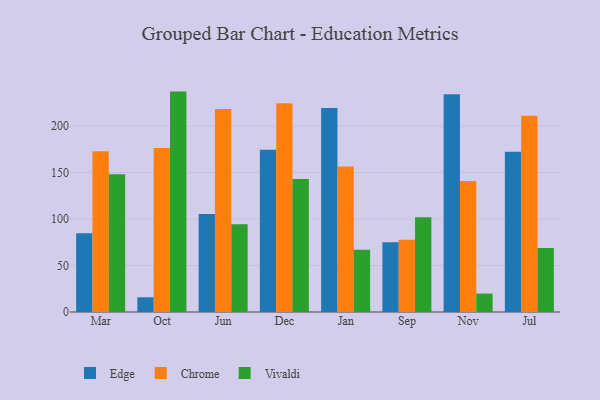
{"axis": {"x": "Month", "y": "Satisfaction Score"}, "legend": ["Chrome", "Edge", "Vivaldi"], "data": [{"x": "Mar", "y": 84.6, "type": "Edge"}, {"x": "Mar", "y": 172.9, "type": "Chrome"}, {"x": "Mar", "y": 148.2, "type": "Vivaldi"}, {"x": "Oct", "y": 15.8, "type": "Edge"}, {"x": "Oct", "y": 176.3, "type": "Chrome"}, {"x": "Oct", "y": 237.1, "type": "Vivaldi"}, {"x": "Jun", "y": 105.3, "type": "Edge"}, {"x": "Jun", "y": 218.3, "type": "Chrome"}, {"x": "Jun", "y": 94.5, "type": "Vivaldi"}, {"x": "Dec", "y": 174.6, "type": "Edge"}, {"x": "Dec", "y": 224.6, "type": "Chrome"}, {"x": "Dec", "y": 143.2, "type": "Vivaldi"}, {"x": "Jan", "y": 219.4, "type": "Edge"}, {"x": "Jan", "y": 156.5, "type": "Chrome"}, {"x": "Jan", "y": 66.9, "type": "Vivaldi"}, {"x": "Sep", "y": 75.0, "type": "Edge"}, {"x": "Sep", "y": 77.6, "type": "Chrome"}, {"x": "Sep", "y": 101.8, "type": "Vivaldi"}, {"x": "Nov", "y": 234.3, "type": "Edge"}, {"x": "Nov", "y": 140.8, "type": "Chrome"}, {"x": "Nov", "y": 19.8, "type": "Vivaldi"}, {"x": "Jul", "y": 172.4, "type": "Edge"}, {"x": "Jul", "y": 211.0, "type": "Chrome"}, {"x": "Jul", "y": 68.9, "type": "Vivaldi"}]}